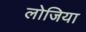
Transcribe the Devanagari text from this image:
लोजिया